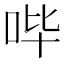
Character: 哔